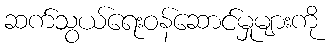
ဆက်သွယ်ရေးဝန်ဆောင်မှုများကို